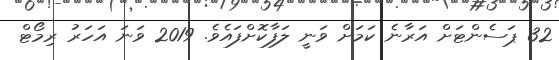
32 ޕަސެންޓަށް އަރާނެ ކަމަށް ވަނީ ލަފާކޮށްފައެވެ. 2019 ވަނަ އަހަރު ރިމޯޓް